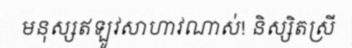
មនុស្សឥឡូវសាហាវណាស់! និស្សិតស្រី